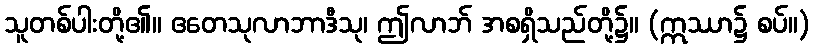
သူတစ်ပါးတို့၏။ ဧတေသုလာဘာဒီသု၊ ဤလာဘ် အစရှိသည်တို့၌။ (ဣဿာ၌ စပ်။)